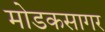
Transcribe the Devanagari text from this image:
मोडकसागर